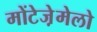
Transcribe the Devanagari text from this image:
मोंटेजे़मेलो